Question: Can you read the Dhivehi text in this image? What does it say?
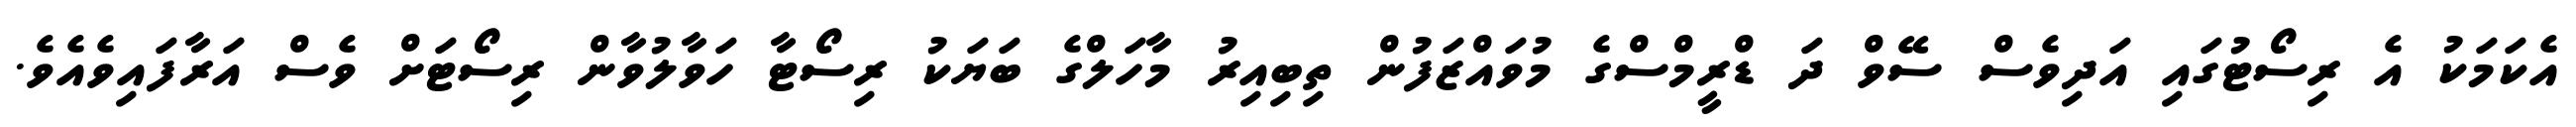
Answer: އެކަމަކު އެ ރިސޯޓުގައި އަދިވެސް ސޭވް ދަ ޑްރީމްސްގެ މުވައްޒަފުން ތިބިއިރު މާހަލްގެ ބަޔަކު ރިސޯޓާ ހަވާލުވާން ރިސޯޓަށް ވެސް އަރާފައިވެއެވެ.